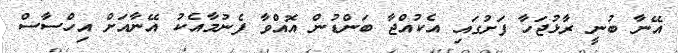
އޭނާ ބުނީ ރާޅުޖަހާ ފަށުގައި އެކުއްޖާ ބަންޑުން އޮއްވާ ފެނުމާއެކު އޭނާއަށް އިހްސާސް